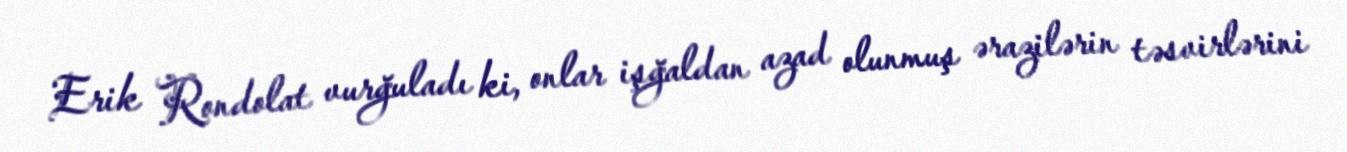
Erik Rondolat vurğuladı ki, onlar işğaldan azad olunmuş ərazilərin təsvirlərini